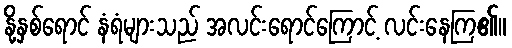
နို့နှစ်ရောင် နံရံများသည် အလင်းရောင်ကြောင့် လင်းနေကြ၏။